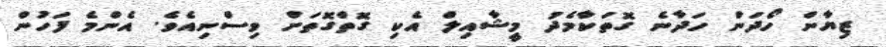
ޒިޔާން ހޯދަން ހަދާނެ ގޮތަކާމެދު މީޝާއިލް އެކި ގޮތްގޮތަށް ވިސްނިއެވެ. އެންމެ ފަހުން